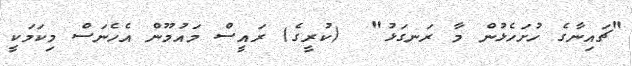
"ޗައިނާގެ ހުށަހެޅުން މާ ރަނގަޅު"  (ކުރީގެ) ރައީސް މައުމޫން އެހެނަސް މިކަމަކީ